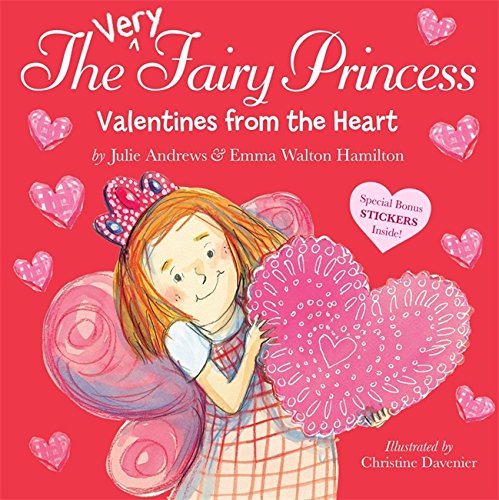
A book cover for The Very Fairy Princess: Valentines from the Heart; Julie Andrews; Children's Books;